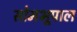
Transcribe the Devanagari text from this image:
सोमभूपाल